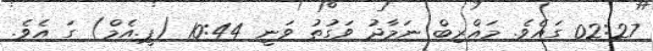
02:27 ގައެވެ. މަޣްރިބް ނަމާދު ވަގުތު ވަނީ 10:44 (ޕީ.އެމް) ގަ އެވެ.